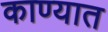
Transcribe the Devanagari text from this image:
काण्यात